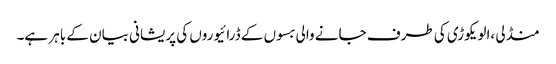
منڈلی ،الویکوڑی کی طرف جانے والی بسوں کے ڈرائیوروں کی پریشانی بیان کے باہر ہے۔